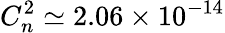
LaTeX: C_{n}^{2}\simeq 2.06\times 10^{-14}